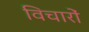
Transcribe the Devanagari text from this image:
विचाराें